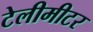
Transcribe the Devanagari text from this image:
टेलीमीटर